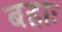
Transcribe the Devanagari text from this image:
बहाः